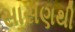
સાસણથી